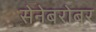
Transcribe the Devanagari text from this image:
सेनेबरोबर